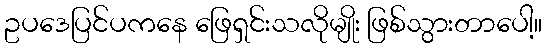
ဥပဒေပြင်ပကနေ ဖြေရှင်းသလိုမျိုး ဖြစ်သွားတာပေါ့။